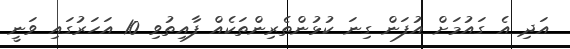
އަދި އެ ގައުމަށް އުފަން ގިނަ ކުޅުންތެރިންތަކެއް ފާއިތުވި 10 އަހަރުގައި ވަނީ